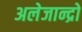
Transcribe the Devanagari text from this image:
अलेजान्द्रो